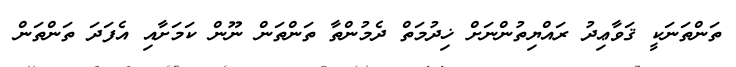
ތަންތަނަކީ ޤަވާޢިދު ރައްޔިތުންނަށް ޚިދުމަތް ދެމުންތާ ތަންތަން ނޫން ކަމަށާއި އެފަދަ ތަންތަން